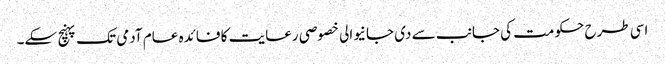
اسی طرح حکومت کی جانب سے دی جانیوالی خصوصی رعایت کا فائدہ عام آدمی تک پہنچ سکے۔